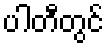
ပါတီတွင်